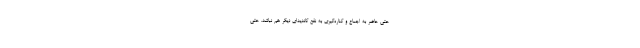
حتی حاضر به اجماع و کناره‌گیری به نفع کاندیدای دیگر هم نباشد. حتی